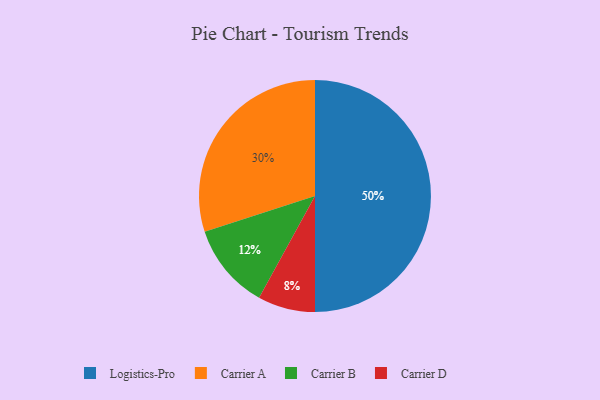
{"axis": {"x": "Category", "y": "Percentage"}, "legend": ["Carrier A", "Carrier B", "Carrier D", "Logistics-Pro"], "data": [{"x": "Carrier A", "y": 30, "type": "Carrier A"}, {"x": "Carrier D", "y": 8, "type": "Carrier D"}, {"x": "Logistics-Pro", "y": 50, "type": "Logistics-Pro"}, {"x": "Carrier B", "y": 12, "type": "Carrier B"}]}